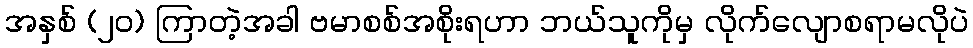
အနှစ် (၂၀) ကြာတဲ့အခါ ဗမာစစ်အစိုးရဟာ ဘယ်သူကိုမှ လိုက်လျောစရာမလိုပဲ